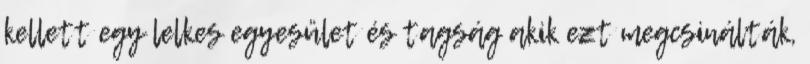
kellett egy lelkes egyesület és tagság akik ezt megcsinálták,